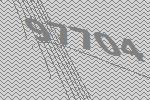
97704